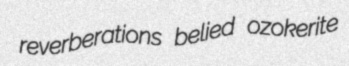
reverberations belied ozokerite